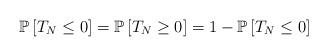
LaTeX: \begin{align*}\mathbb P \left[T_N\le 0 \right]=\mathbb P \left[T_N\ge 0 \right]=1-\mathbb P \left[T_N\le 0 \right]\end{align*}